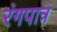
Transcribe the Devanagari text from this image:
रंगपात्र